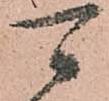
可